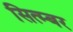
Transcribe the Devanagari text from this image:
सित्म्बर